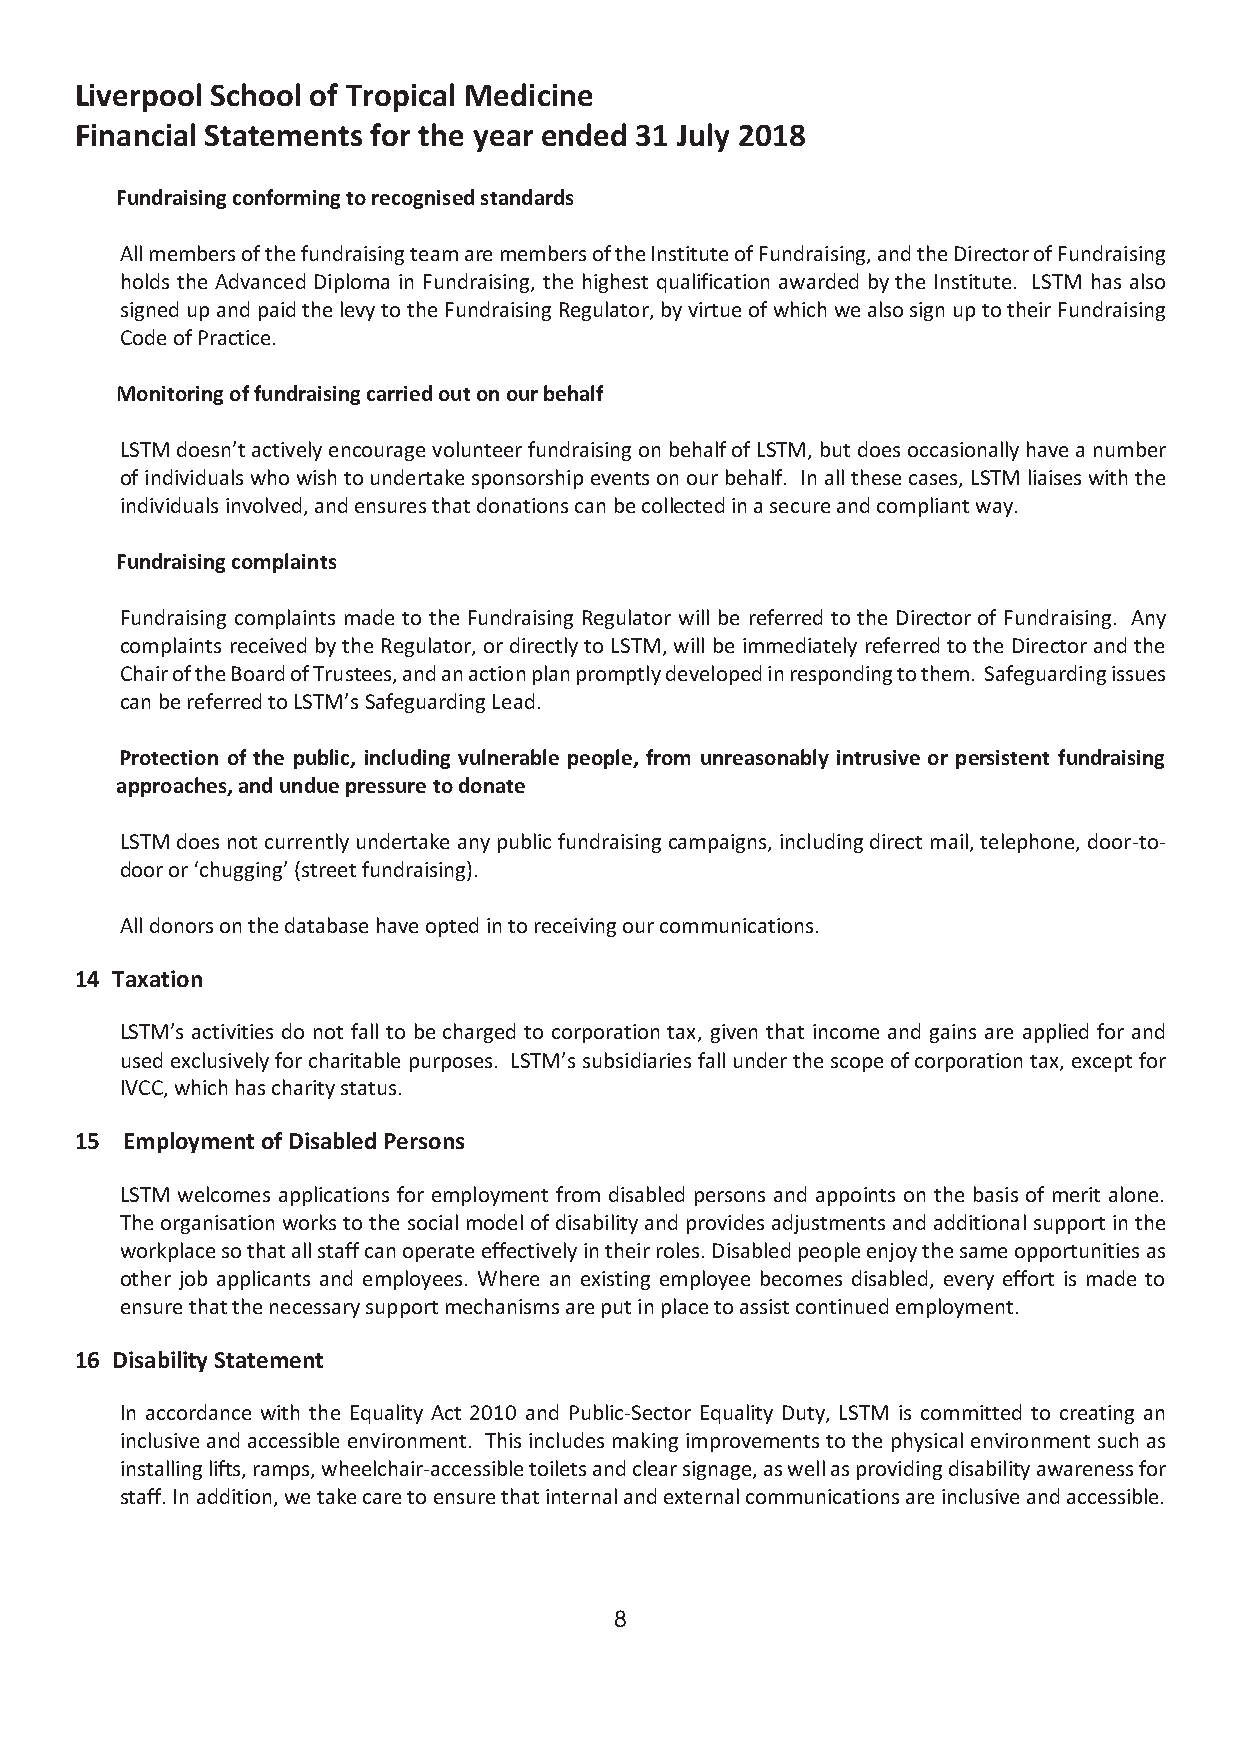
Liverpool School of Tropical Medicine
 Financial Statements for the year ended 31 July 2018
 Fundraising conforming to recognised standards
 All members of the fundraising team are members of the Institute of Fundraising, and the Director of Fundraising
 holds the Advanced Diploma in Fundraising, the highest qualification awarded by the Institute. LSTM has also
 signed up and paid the levy to the Fundraising Regulator, by virtue of which we also sign up to their Fundraising
 Code of Practice.
 Monitoring of fundraising carried out on our behalf
 LSTM doesn’t actively encourage volunteer fundraising on behalf of LSTM, but does occasionally have a number
 of individuals who wish to undertake sponsorship events on our behalf. In all these cases, LSTM liaises with the
 individuals involved, and ensures that donations can be collected in a secure and compliant way.
 Fundraising complaints
 Fundraising complaints made to the Fundraising Regulator will be referred to the Director of Fundraising. Any
 complaints received by the Regulator, or directly to LSTM, will be immediately referred to the Director and the
 Chair of the Board of Trustees, and an action plan promptly developed in responding to them. Safeguarding issues
 can be referred to LSTM’s Safeguarding Lead.
 Protection of the public, including vulnerable people, from unreasonably intrusive or persistent fundraising
 approaches, and undue pressure to donate
 LSTM does not currently undertake any public fundraising campaigns, including direct mail, telephone, door-to-
 door or ‘chugging’ (street fundraising).
 All donors on the database have opted in to receiving our communications.
 14 Taxation
 LSTM’s activities do not fall to be charged to corporation tax, given that income and gains are applied for and
 used exclusively for charitable purposes. LSTM’s subsidiaries fall under the scope of corporation tax, except for
 IVCC, which has charity status.
 15 Employment of Disabled Persons
 LSTM welcomes applications for employment from disabled persons and appoints on the basis of merit alone.
 The organisation works to the social model of disability and provides adjustments and additional support in the
 workplace so that all staff can operate effectively in their roles. Disabled people enjoy the same opportunities as
 other job applicants and employees. Where an existing employee becomes disabled, every effort is made to
 ensure that the necessary support mechanisms are put in place to assist continued employment.
 16 Disability Statement
 In accordance with the Equality Act 2010 and Public-Sector Equality Duty, LSTM is committed to creating an
 inclusive and accessible environment. This includes making improvements to the physical environment such as
 installing lifts, ramps, wheelchair-accessible toilets and clear signage, as well as providing disability awareness for
 staff. In addition, we take care to ensure that internal and external communications are inclusive and accessible.
 8